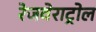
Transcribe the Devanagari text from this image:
रेजवेराट्रोल